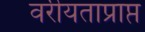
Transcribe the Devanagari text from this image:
वरीयताप्राप्त